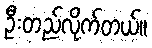
ဦးတည်လိုက်တယ်။